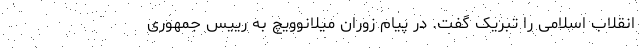
انقلاب اسلامی را تبریک گفت. در پیام زوران میلانوویچ به رییس جمهوری